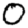
Digit: 0